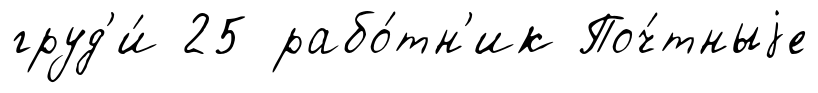
груд'и́ 25 рабо́тн'ик Поч́тныjе